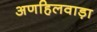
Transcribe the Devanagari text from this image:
अणहिलवाड़ा